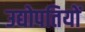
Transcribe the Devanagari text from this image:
उद्योपतियों